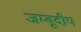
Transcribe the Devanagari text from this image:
जम्बूदीप